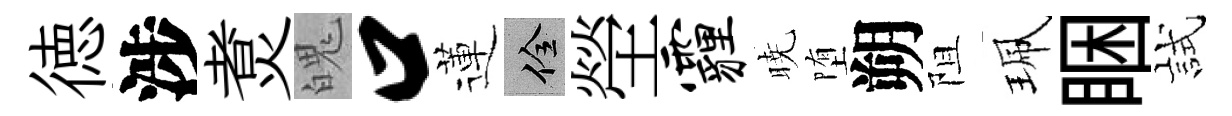
徳涉煑魄口蓮佺塋霾暁堕朔阻珮睏試